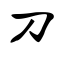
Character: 刀